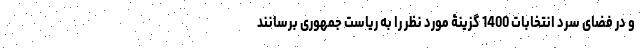
و در فضای سرد انتخابات 1400 گزینۀ مورد نظر را به ریاست جمهوری برسانند